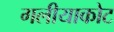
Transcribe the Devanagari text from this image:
गलीयाकोट